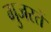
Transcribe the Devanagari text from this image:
गुजरतें